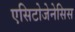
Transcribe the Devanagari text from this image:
एसिटोजेनेसिस